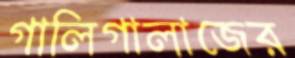
গালিগালাজের